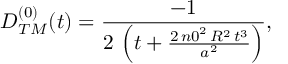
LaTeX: \begin{array} { c } { { D _ { T M } ^ { ( 0 ) } ( t ) = \displaystyle { \frac { - 1 } { 2 \, \left( t + \frac { 2 \, { n 0 } ^ { 2 } \, R ^ { 2 } \, t ^ { 3 } } { a ^ { 2 } } \right) } } , } } \end{array}